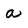
Character: a